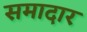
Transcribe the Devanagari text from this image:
समादार